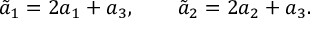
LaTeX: \tilde { a } _ { 1 } = 2 a _ { 1 } + a _ { 3 } , \qquad \tilde { a } _ { 2 } = 2 a _ { 2 } + a _ { 3 } .